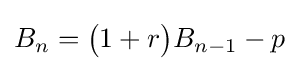
B_{n}={\big (}1+r{\big )}B_{n-1}-p